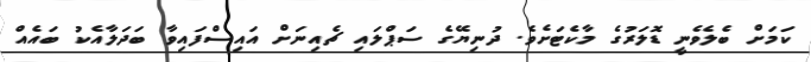
ކަމަށް ބެލެވެނީ ޑޮލަރުގެ މާކެޓަށެވެ. ދުނިޔޭގެ ސަޕްލައި ޗެއިނަށް އައިސްފައިވާ ބަދަލާއެކު ބައެއް